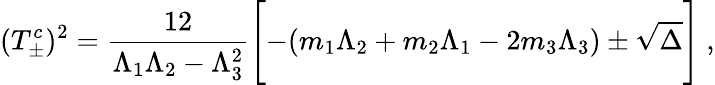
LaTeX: (T_{\pm}^{c})^{2}=\frac{12}{\Lambda_{1}\Lambda_{2}-\Lambda_{3}^{2}}\Biggl[-(m_{1}\Lambda_{2}+m_{2}\Lambda_{1}-2m_{3}\Lambda_{3})\pm\sqrt{\Delta}\Biggr]~,